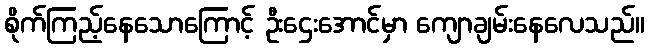
စိုက်ကြည့်နေသောကြောင့် ဦးဌေးအောင်မှာ ကျောချမ်းနေလေသည်။